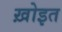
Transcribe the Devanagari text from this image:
ख़ोइत